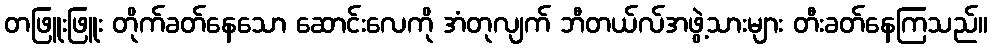
တဖြူးဖြူး တိုက်ခတ်နေသော ဆောင်းလေကို အံတုလျက် ဘီတယ်လ်အဖွဲ့သားများ တီးခတ်နေကြသည်။